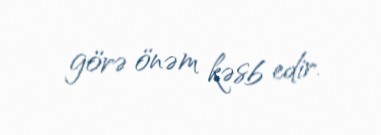
görə önəm kəsb edir.